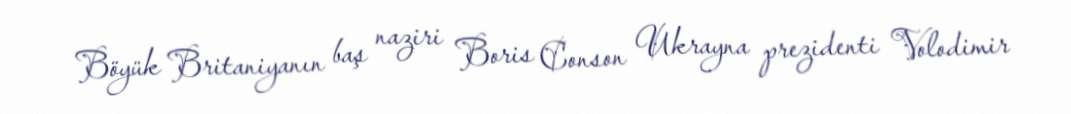
Böyük Britaniyanın baş naziri Boris Conson Ukrayna prezidenti Volodimir